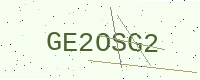
Text: GE2OSG2